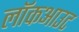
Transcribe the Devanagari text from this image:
लॉकआउट